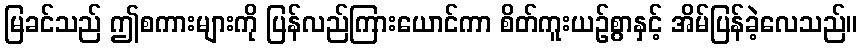
မြခင်သည် ဤစကားများကို ပြန်လည်ကြားယောင်ကာ စိတ်ကူးယဉ်စွာနှင့် အိမ်ပြန်ခဲ့လေသည်။